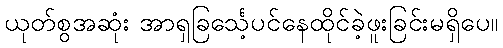
ယုတ်စွအဆုံး အာရှခြင်္သေ့ပင်နေထိုင်ခဲ့ဖူးခြင်းမရှိပေ။